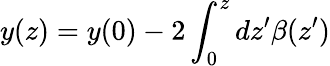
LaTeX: y(z)=y(0)-2\int_{0}^{z}dz^{\prime}\beta(z^{\prime})